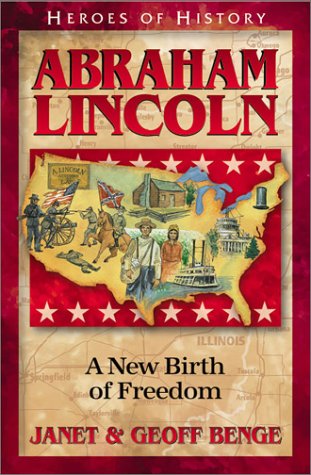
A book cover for Abraham Lincoln: A New Birth of Freedom (Heroes of History); Janet Benge; Children's Books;